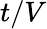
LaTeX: t/V